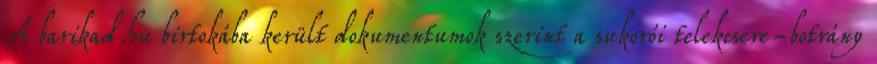
A barikad.hu birtokába került dokumentumok szerint a sukorói telekcsere-botrány